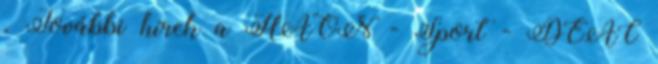
. További hírek a HAON - Sport - DEAC